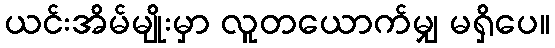
ယင်းအိမ်မျိုးမှာ လူတယောက်မျှ မရှိပေ။